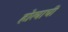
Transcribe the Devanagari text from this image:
होत्याची